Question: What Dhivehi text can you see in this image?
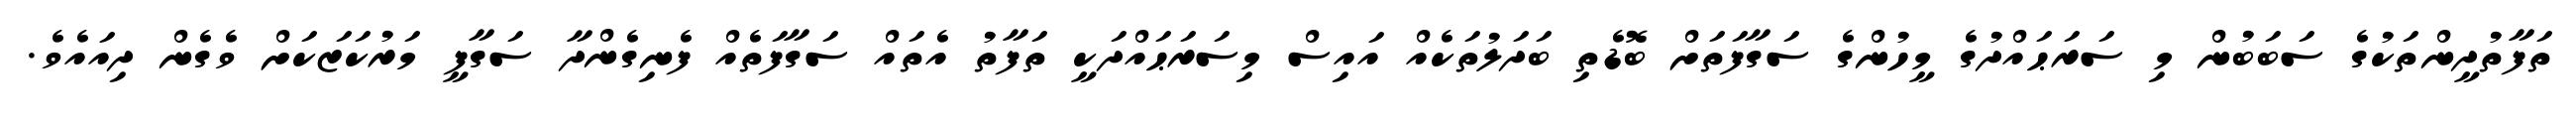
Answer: ތަފާތުދީންތަކުގެ ސަބަބުން މި ސަރަޙައްދުގެ މީހުންގެ ސަގާފަތަށް ބޮޑެތި ބަދަލުތަކެއް އައިސް މިސަރަޙައްދަކީ ތަފާތު އެތައް ސަގާފަތެއް ފެނިގެންދާ ސަގާފީ މަރުކަޒަކަށް ވެގެން ދިއައެވެ.